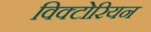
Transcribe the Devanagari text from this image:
विक्‍टोरियन